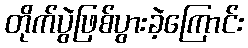
တိုက်ပွဲဖြစ်ပွားခဲ့ကြောင်း